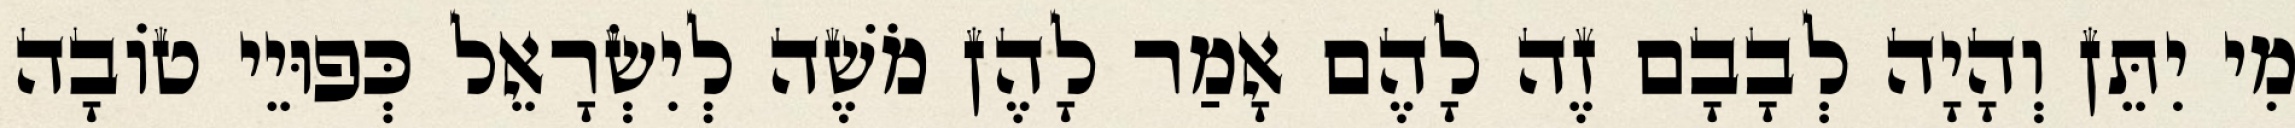
מִי יִתֵּן וְהָיָה לְבָבָם זֶה לָהֶם אָמַר לָהֶן מֹשֶׁה לְיִשְׂרָאֵל כְּפוּיֵי טוֹבָה